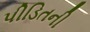
પીડિતની